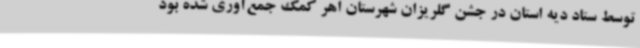
توسط ستاد دیه استان در جشن گلریزان شهرستان اهر کمک جمع‌آوری شده بود